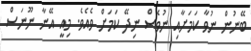
ބޭނުން ނުވާ ކަމަށާއި ނުވެސް ނިދޭ ކަމަށް ވެއެވެ. މިއީ އޭނާ ނޫނަސް